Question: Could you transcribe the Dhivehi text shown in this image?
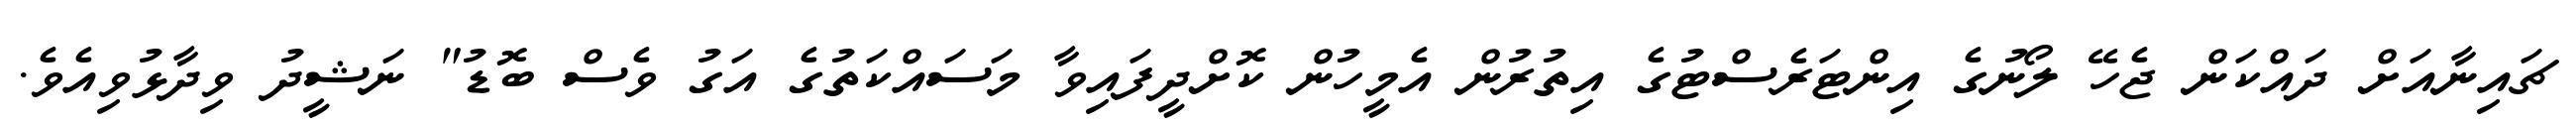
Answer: ޗައިނާއަށް ދައްކަން ޖެހޭ ލޯނުގެ އިންޓަރެސްޓުގެ އިތުރުން އެމީހުން ކޮށްދީފައިވާ މަސައްކަތުގެ އަގު ވެސް ބޮޑު" ނަޝީދު ވިދާޅުވިއެވެ.